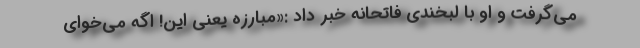
می‌گرفت و او با لبخندی فاتحانه خبر داد :«مبارزه یعنی این! اگه می‌خوای